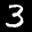
Label: 3